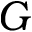
G